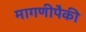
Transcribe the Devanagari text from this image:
मागणीपैकी